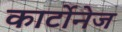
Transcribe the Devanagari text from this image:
कार्टोनेज